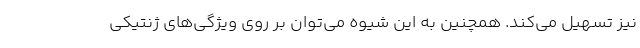
نیز تسهیل می‌کند. همچنین به این شیوه می‌توان بر روی ویژگی‌های ژنتیکی